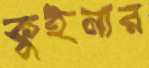
কুইনার